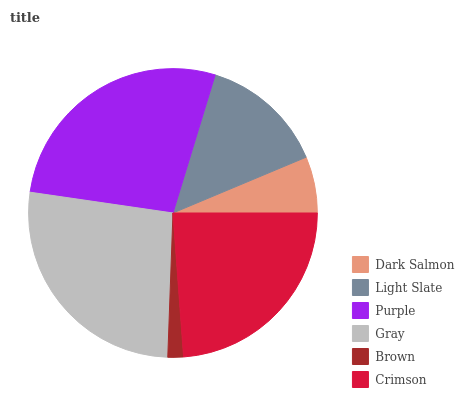
| Dark Salmon | Light Slate | Purple | Gray | Brown | Crimson |
 | --- | --- | --- | --- | --- | --- |
 | 6.32% | 14% | 27.4% | 26.7% | 1.73% | 23.9% |